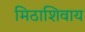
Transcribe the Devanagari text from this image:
मिठाशिवाय